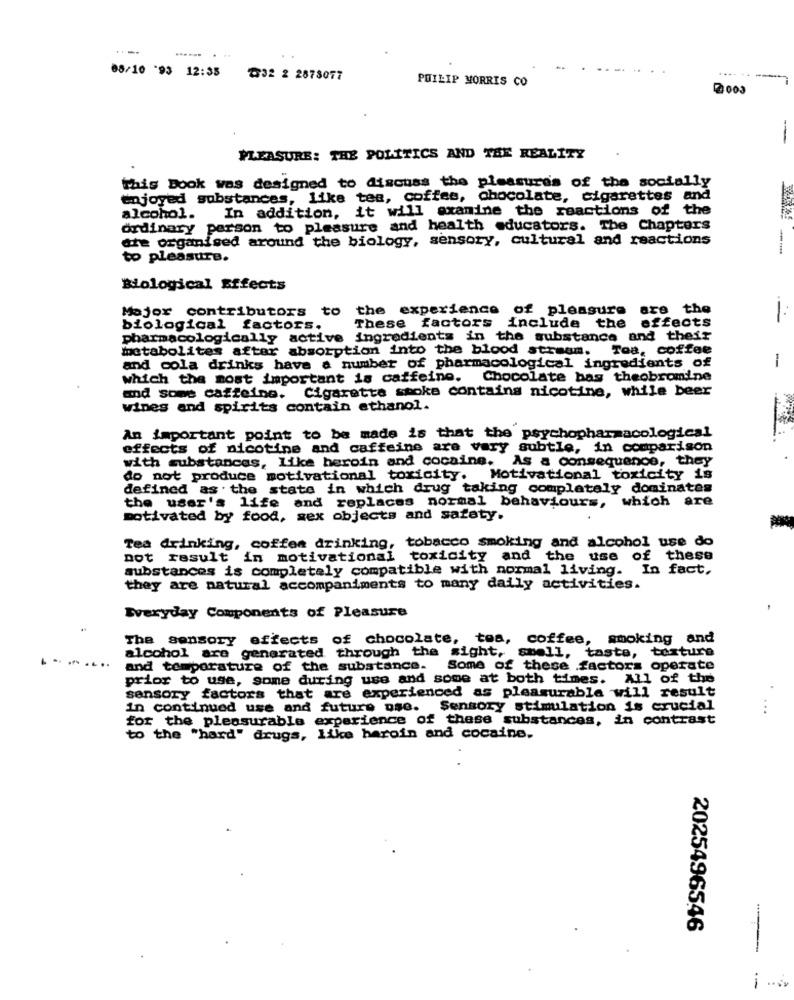
...... . ..
08/10 '93 12:35
T32 2 2878077
PHILIP MORRIS CO
....-.-
2003
-
PLEASURE: THE POLITICS AND THE REALITY
This Book was designed to discuss the pleasures of the socially
enjoyed substances, like tea, coffee, chocolate, cigarettes and
alcohol. In addition, it will examine the reactions of the
ordinary person to pleasure and health educators. The Chapters
dte organised around the biology, sensory, cultural and reactions
--
to pleasure.
Biological Effects
Major contributors to the experience of pleasure are the
These factors include the effects
--
biological factors.
pharmacologically active ingredients in the substance and their
metabolites after absorption into the blood stream. Toa, coffee
and cola drinks have a number of pharmacological ingredients of
-
which the most important is caffeine.
Chocolate bas theobromine
Cigarette smoke contains nicotine, while beer
and some caffeine.
wines and spirits contain ethanol.
An important point to be made is that the psychopharmacological
effects of nicotine and caffeine are vary subtle, in comparison
with substances, like heroin and cocaine. As a consequence, they
do not produce motivational toxicity. Motivational toxicity is
defined as the state in which drug taking completely dominates
which are
the user's life and replaces normal behaviours,
motivated by food, sex objects and safety.
Tea drinking, coffea drinking, tobacco smoking and alcohol use do
not result in motivational toxicity and the use of these
substances is completely compatible with normal living. In fact,
they are natural accompaniments to many daily activities.
Everyday Components of Pleasure
The sensory effects of chocolate, tea, coffee, smoking and
alcohol are generated through the sight, spell, taste, texture
and temperature of the substance. Some of these factors operate
prior to use, some during use and some at both times. All of the
sensory factors that are experienced as pleasurable will result
in continued use and future use. Sensory stimulation is crucial
...
for the pleasurable experience of these substances, in contrast
to the "hard" drugs, like haroin and cocaine.
2025496546